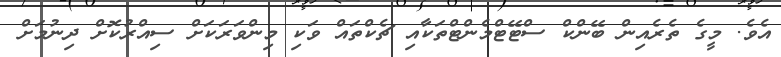
އެވެ. މީގެ ތެރެއިން ބޭންކް ސްޓޭޓްމެންޓްތަކާއި ޗެކްތައް ވަކި މިންވަރަކަށް ސިއްރުކޮށް ދިނުމަށް